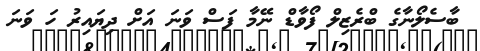
ބާސެލޯނާގެ ބްރެޒިލް ފޯވާޑް ނޭމާ ފަސް ވަނަ އަށް ދިޔައިރު ހަ ވަނަ